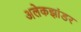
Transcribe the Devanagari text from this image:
अलेकझांडर